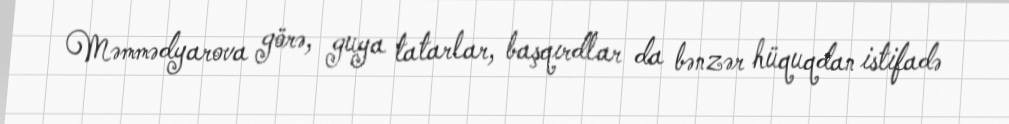
Məmmədyarova görə, guya tatarlar, başqırdlar da bənzər hüquqdan istifadə